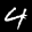
Label: 4